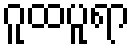
ဂူထပူရာ